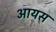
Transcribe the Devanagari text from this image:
आयस